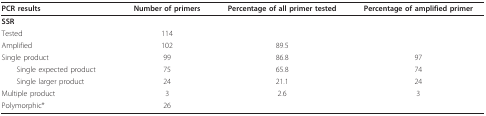
| PCR results | Number of primers | Percentage of all primer tested | Percentage of amplified primer |
 | --- | --- | --- | --- |
 | SSR |  |  |  |
 | Tested | 114 |  |  |
 | Amplified | 102 | 89.5 |  |
 | Single product | 99 | 86.8 | 97 |
 | Single expected product | 75 | 65.8 | 74 |
 | Single larger product | 24 | 21.1 | 24 |
 | Multiple product | 3 | 2.6 | 3 |
 | Polymorphic* | 26 |  |  |